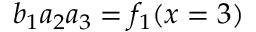
b _ { 1 } a _ { 2 } a _ { 3 } = f _ { 1 } ( x = 3 )